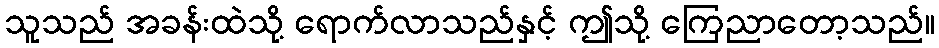
သူသည် အခန်းထဲသို့ ရောက်လာသည်နှင့် ဤသို့ ကြေညာတော့သည်။